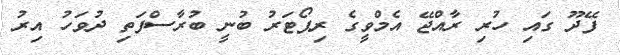
ފޭދޫ ގައި ހުރި ރާއްޖޭ އެމްވީގެ ރިޕޯޓަރު ބުނީ ބުރާސްފަތި ދުވަހު އިރު